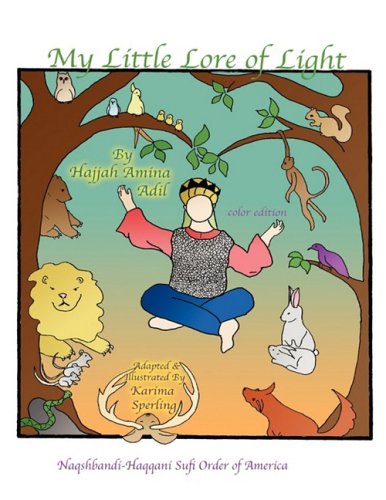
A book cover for My Little Lore of Light; Hajjah Amina Adil; Children's Books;